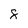
Character: 8